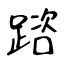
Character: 䠖